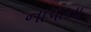
નાપાના